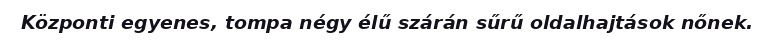
Központi egyenes, tompa négy élű szárán sűrű oldalhajtások nőnek.